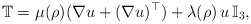
\begin{align*}&\mathbb{T}=\mu(\rho)(\nabla u+(\nabla u)^\top)+\lambda(\rho)\, u\, \mathbb{I}_3,\\\end{align*}